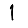
Digit: 1